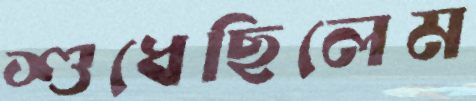
শুধেছিলেম